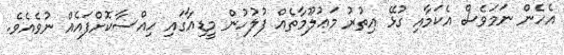
އެހެން ނަމަވެސް އެކަމާއި ގުޅޭ އިތުރު މަޢުލޫމާތެއް ފުލުހުން މީޑިއާގައި ހިއްސާކޮށްފައެއް ނުވެއެވެ.